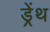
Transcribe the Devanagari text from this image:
ड्रेंथ